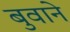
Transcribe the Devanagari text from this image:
बुवाने